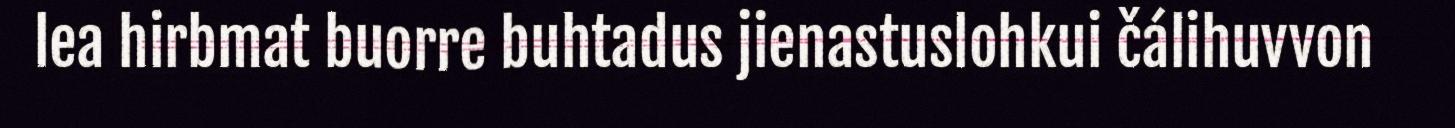
lea hirbmat buorre buhtadus jienastuslohkui čálihuvvon